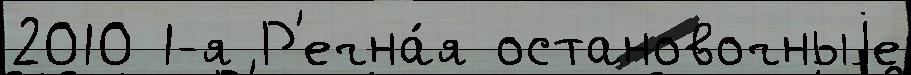
2010 1-я Р'ечна́я остановочныjе